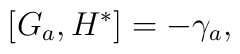
\left[ G_a,H^{*}\right] =-\gamma _a,